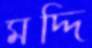
মদ্দি